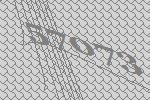
57073